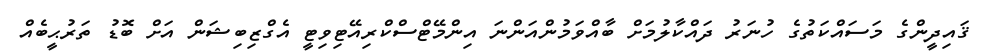
ޤައިދީންގެ މަސައްކަތުގެ ހުނަރު ދައްކާލުމަށް ބާއްވަމުންއަންނަ އިންމޭޓްސްކްރިއޭޓިވިޓީ އެގްޒިބިޝަން އަށް ބޮޑު ތަރުޙީބެއް